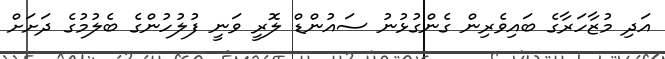
އަދި މުޒާހަރާގެ ބައިވެރިން ގެންގުޅުނު ސައުންޑް ލޮރީ ވަނީ ފުލުހުންގެ ބެލުމުގެ ދަށަށް